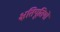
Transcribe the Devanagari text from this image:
क्षतिपूतियों